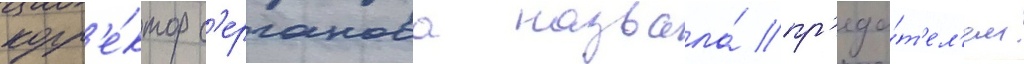
корр'е́ктор с'ерганова назвала́ пр'еда́т'ел'ем